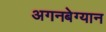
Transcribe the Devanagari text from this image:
अगनबेग्यान